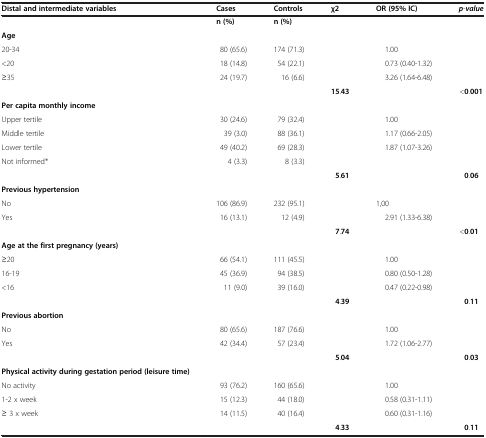
<table><thead><tr><td><b>Distal and intermediate variables</b></td><td><b>Cases</b></td><td><b>Controls</b></td><td><b>χ2</b></td><td><b>OR (95% IC)</b></td><td><b><i>p</i><i>-</i><i>value</i></b></td></tr></thead><tbody><tr><td> </td><td><b>n </b><b>(%)</b></td><td><b>n </b><b>(%)</b></td><td> </td><td> </td><td> </td></tr><tr><td><b>Age</b></td><td colspan="5"> </td></tr><tr><td>20-34</td><td>80 (65.6)</td><td>174 (71.3)</td><td> </td><td>1.00</td><td> </td></tr><tr><td>&lt;20</td><td>18 (14.8)</td><td>54 (22.1)</td><td> </td><td>0.73 (0.40-1.32)</td><td> </td></tr><tr><td>≥35</td><td>24 (19.7)</td><td>16 (6.6)</td><td> </td><td>3.26 (1.64-6.48)</td><td> </td></tr><tr><td> </td><td> </td><td> </td><td><b>15</b>.<b>43</b></td><td> </td><td>&lt;<b>0</b>.<b>001</b></td></tr><tr><td><b>Per capita monthly income</b></td><td colspan="5"> </td></tr><tr><td>Upper tertile</td><td>30 (24.6)</td><td>79 (32.4)</td><td> </td><td>1.00</td><td> </td></tr><tr><td>Middle tertile</td><td>39 (3.0)</td><td>88 (36.1)</td><td> </td><td>1.17 (0.66-2.05)</td><td> </td></tr><tr><td>Lower tertile</td><td>49 (40.2)</td><td>69 (28.3)</td><td> </td><td>1.87 (1.07-3.26)</td><td> </td></tr><tr><td>Not informed*</td><td>4 (3.3)</td><td>8 (3.3)</td><td> </td><td> </td><td> </td></tr><tr><td> </td><td> </td><td> </td><td><b>5</b>.<b>61</b></td><td> </td><td><b>0</b>.<b>06</b></td></tr><tr><td><b>Previous hypertension</b></td><td colspan="5"> </td></tr><tr><td>No</td><td>106 (86.9)</td><td>232 (95.1)</td><td> </td><td>1,00</td><td> </td></tr><tr><td>Yes</td><td>16 (13.1)</td><td>12 (4.9)</td><td> </td><td>2.91 (1.33-6.38)</td><td> </td></tr><tr><td> </td><td> </td><td> </td><td><b>7</b>.<b>74</b></td><td> </td><td>&lt;<b>0</b>.<b>01</b></td></tr><tr><td><b>Age at the first pregnancy </b><b>(years)</b></td><td colspan="5"> </td></tr><tr><td>≥20</td><td>66 (54.1)</td><td>111 (45.5)</td><td> </td><td>1.00</td><td> </td></tr><tr><td>16-19</td><td>45 (36.9)</td><td>94 (38.5)</td><td> </td><td>0.80 (0.50-1.28)</td><td> </td></tr><tr><td>&lt;16</td><td>11 (9.0)</td><td>39 (16.0)</td><td> </td><td>0.47 (0.22-0.98)</td><td> </td></tr><tr><td> </td><td> </td><td> </td><td><b>4</b>.<b>39</b></td><td> </td><td><b>0</b>.<b>11</b></td></tr><tr><td><b>Previous abortion</b></td><td colspan="5"> </td></tr><tr><td>No</td><td>80 (65.6)</td><td>187 (76.6)</td><td> </td><td>1.00</td><td> </td></tr><tr><td>Yes</td><td>42 (34.4)</td><td>57 (23.4)</td><td> </td><td>1.72 (1.06-2.77)</td><td> </td></tr><tr><td> </td><td> </td><td> </td><td><b>5</b>.<b>04</b></td><td> </td><td><b>0</b>.<b>03</b></td></tr><tr><td><b>Physical activity during gestation period </b><b>(leisure time)</b></td><td colspan="5"> </td></tr><tr><td>No activity</td><td>93 (76.2)</td><td>160 (65.6)</td><td> </td><td>1.00</td><td> </td></tr><tr><td>1-2 x week</td><td>15 (12.3)</td><td>44 (18.0)</td><td> </td><td>0.58 (0.31-1.11)</td><td> </td></tr><tr><td>≥ 3 x week</td><td>14 (11.5)</td><td>40 (16.4)</td><td> </td><td>0.60 (0.31-1.16)</td><td> </td></tr><tr><td> </td><td> </td><td> </td><td><b>4</b>.<b>33</b></td><td> </td><td><b>0</b>.<b>11</b></td></tr></tbody></table>